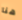
هنا